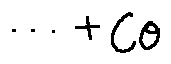
\cdots + C \theta